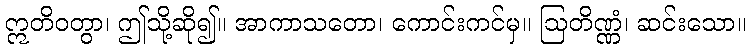
ဣတိဝတွာ၊ ဤသို့ဆို၍။ အာကာသတော၊ ကောင်းကင်မှ။ ဩတိဏ္ဏံ၊ ဆင်းသော။